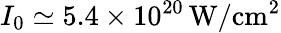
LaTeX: I_{0}\simeq 5.4\times 10^{20}\, \mathrm{W/cm^{2}}